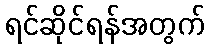
ရင်ဆိုင်ရန်အတွက်